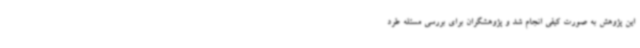
این پژوهش به صورت کیفی انجام شد و پژوهشگران برای بررسی مسئله طرد